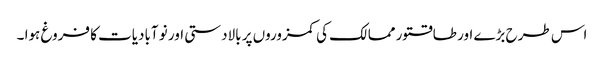
اس طرح بڑے اور طاقتور ممالک کی کمزوروں پر بالادستی اور نو آبادیات کا فروغ ہوا ۔